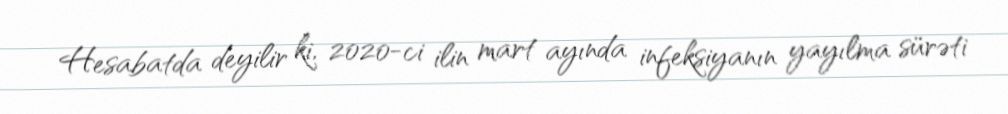
Hesabatda deyilir ki, 2020-ci ilin mart ayında infeksiyanın yayılma sürəti